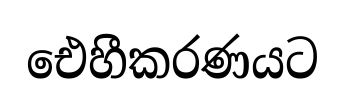
ඓහීකරණයට